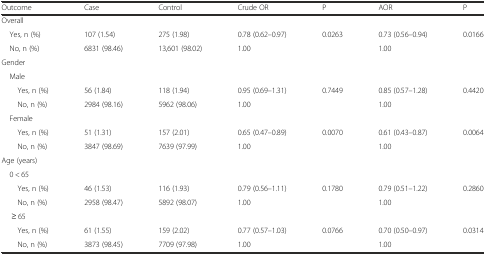
<table><thead><tr><td><b>Outcome</b></td><td><b>Case</b></td><td><b>Control</b></td><td><b>Crude OR</b></td><td><b>P</b></td><td><b>AOR</b></td><td><b>P</b></td></tr></thead><tbody><tr><td>Overall</td><td></td><td></td><td></td><td></td><td></td><td></td></tr><tr><td> Yes, n (%)</td><td>107 (1.54)</td><td>275 (1.98)</td><td>0.78 (0.62–0.97)</td><td>0.0263</td><td>0.73 (0.56–0.94)</td><td>0.0166</td></tr><tr><td> No, n (%)</td><td>6831 (98.46)</td><td>13,601 (98.02)</td><td>1.00</td><td></td><td>1.00</td><td></td></tr><tr><td>Gender</td><td></td><td></td><td></td><td></td><td></td><td></td></tr><tr><td> Male</td><td></td><td></td><td></td><td></td><td></td><td></td></tr><tr><td>Yes, n (%)</td><td>56 (1.84)</td><td>118 (1.94)</td><td>0.95 (0.69–1.31)</td><td>0.7449</td><td>0.85 (0.57–1.28)</td><td>0.4420</td></tr><tr><td>No, n (%)</td><td>2984 (98.16)</td><td>5962 (98.06)</td><td>1.00</td><td></td><td>1.00</td><td></td></tr><tr><td> Female</td><td></td><td></td><td></td><td></td><td></td><td></td></tr><tr><td>Yes, n (%)</td><td>51 (1.31)</td><td>157 (2.01)</td><td>0.65 (0.47–0.89)</td><td>0.0070</td><td>0.61 (0.43–0.87)</td><td>0.0064</td></tr><tr><td>No, n (%)</td><td>3847 (98.69)</td><td>7639 (97.99)</td><td>1.00</td><td></td><td>1.00</td><td></td></tr><tr><td>Age (years)</td><td></td><td></td><td></td><td></td><td></td><td></td></tr><tr><td colspan="2"> 0 &lt; 65</td><td></td><td></td><td></td><td></td><td></td></tr><tr><td>Yes, n (%)</td><td>46 (1.53)</td><td>116 (1.93)</td><td>0.79 (0.56–1.11)</td><td>0.1780</td><td>0.79 (0.51–1.22)</td><td>0.2860</td></tr><tr><td>No, n (%)</td><td>2958 (98.47)</td><td>5892 (98.07)</td><td>1.00</td><td></td><td>1.00</td><td></td></tr><tr><td colspan="2">≥ 65</td><td></td><td></td><td></td><td></td><td></td></tr><tr><td>Yes, n (%)</td><td>61 (1.55)</td><td>159 (2.02)</td><td>0.77 (0.57–1.03)</td><td>0.0766</td><td>0.70 (0.50–0.97)</td><td>0.0314</td></tr><tr><td>No, n (%)</td><td>3873 (98.45)</td><td>7709 (97.98)</td><td>1.00</td><td></td><td>1.00</td><td></td></tr></tbody></table>